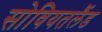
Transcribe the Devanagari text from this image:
सोवियतलैंड